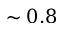
\sim 0 . 8